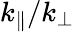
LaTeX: k_{\parallel}/k_{\perp}